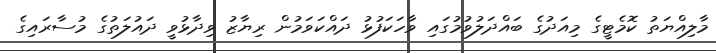
މާލިއްޔަތު ކޮމެޓީގެ މިއަދުގެ ބައްދަލުވުމުގައި ވާހަކަފުޅު ދައްކަވަމުން ރިޔާޒު ވިދާޅުވީ ދައުލަތުގެ މުސާރައިގެ